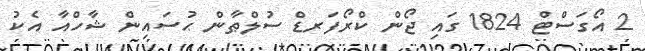
2 އޯގަސްޓް 1824 ގައި ޖޯން ކްރޯފަރޑް ސުލްޠާން ޙުސައިން ޝާހްއާ އެކު